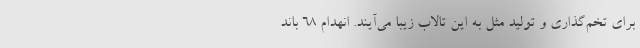
برای تخم‌گذاری و تولید مثل به این تالاب زیبا می‌آیند. انهدام ۶۸ باند